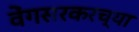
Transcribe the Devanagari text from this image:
वेंगसरकरच्या